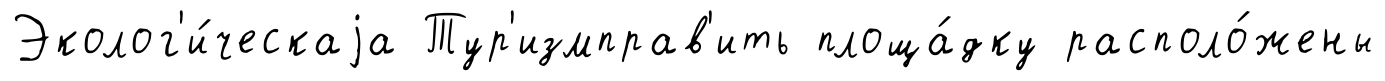
Эколог'и́ческаjа Тур'измправ'ить площа́дку располо́жены